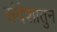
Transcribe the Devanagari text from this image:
संदेशातुन